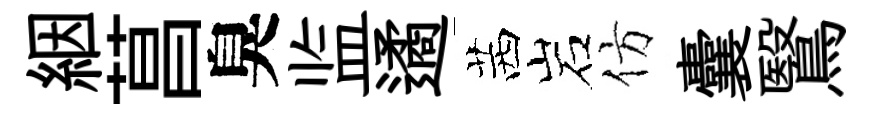
絪菖臭监遹茜岩仿囊鷖